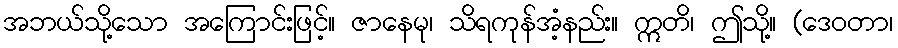
အဘယ်သို့သော အကြောင်းဖြင့်။ ဇာနေမု၊ သိရကုန်အံ့နည်း။ ဣတိ၊ ဤသို့။ (ဒေဝတာ၊